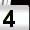
Digit: 4